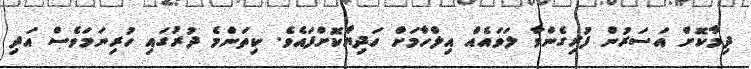
ދިމާކޮށް އަސަރުން ފުރިގެންވާ ލަވައެއް އިލްހާމަށް ހަދިޔާކޮށްފައެވެ. ކިތަންމެ ދުރުގައި ހުރިނަމަވެސް އަދި